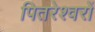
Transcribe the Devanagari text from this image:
पितरेश्वरों